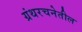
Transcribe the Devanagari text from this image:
ग्रंथरचनेतील